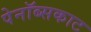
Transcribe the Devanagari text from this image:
पेनॉब्सकाट